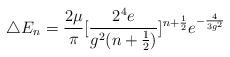
LaTeX: \begin{align*}\triangle E_n=\frac{2\mu}{\pi}[\frac{2^4e}{g^2(n+\frac{1}{2})}]^{n+\frac{1}{2}}e^{-\frac{4}{3g^2}}\end{align*}